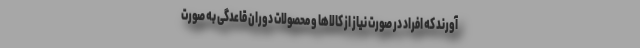
آورند که افراد در صورت نیاز از کالاها و محصولات دوران قاعدگی به صورت